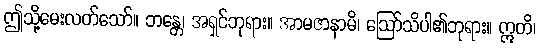
ဤသို့မေးလတ်သော်။ ဘန္တေ၊ အရှင်ဘုရား။ အာမဇာနာမိ၊ ဩော်သိပါ၏ဘုရား။ ဣတိ၊